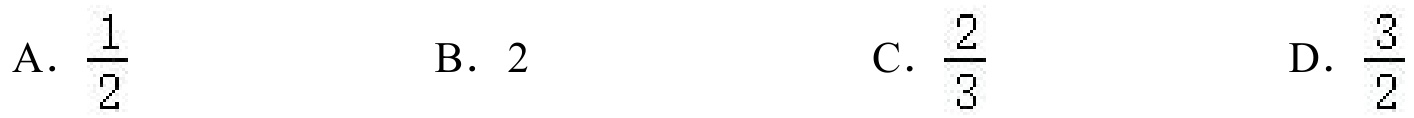
A. \(\frac{1}{2}\)  B. \(2\)  C. \(\frac{2}{3}\)  D. \(\frac{3}{2}\)